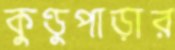
কুণ্ডুপাড়ার